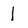
Character: 1